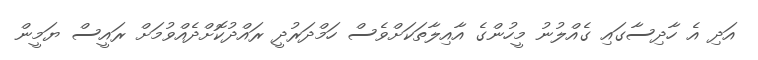
އަދި އެ ހާދިސާގައި ގެއްލުނު މީހުންގެ އާއިލާތަކަށްވެސް ހަމްދަރުދީ ރައްދުކޮށްދެއްވުމަށް ރައީސް ޔަމީން